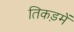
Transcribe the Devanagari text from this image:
तिकड़में